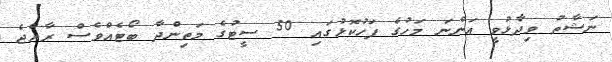
ނަޝާތު ވިދާޅުވީ އަންނަ މަހުގެ ފަހުކޮޅުގައި 50 ސީޓުގެ މަތިންދާ ބޯޓެއްވެސް ރާއްޖެ